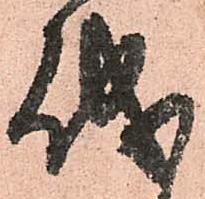
儀